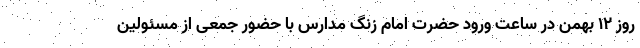
روز ۱۲ بهمن در ساعت ورود حضرت امام زنگ مدارس با حضور جمعی از مسئولین